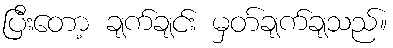
ပြီးတော့ ချက်ချင်း မှတ်ချက်ချသည်။